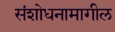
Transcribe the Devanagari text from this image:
संशोधनामागील